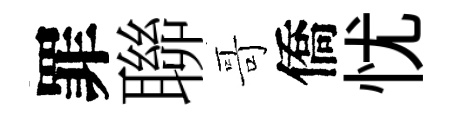
罪聯哥僑忧